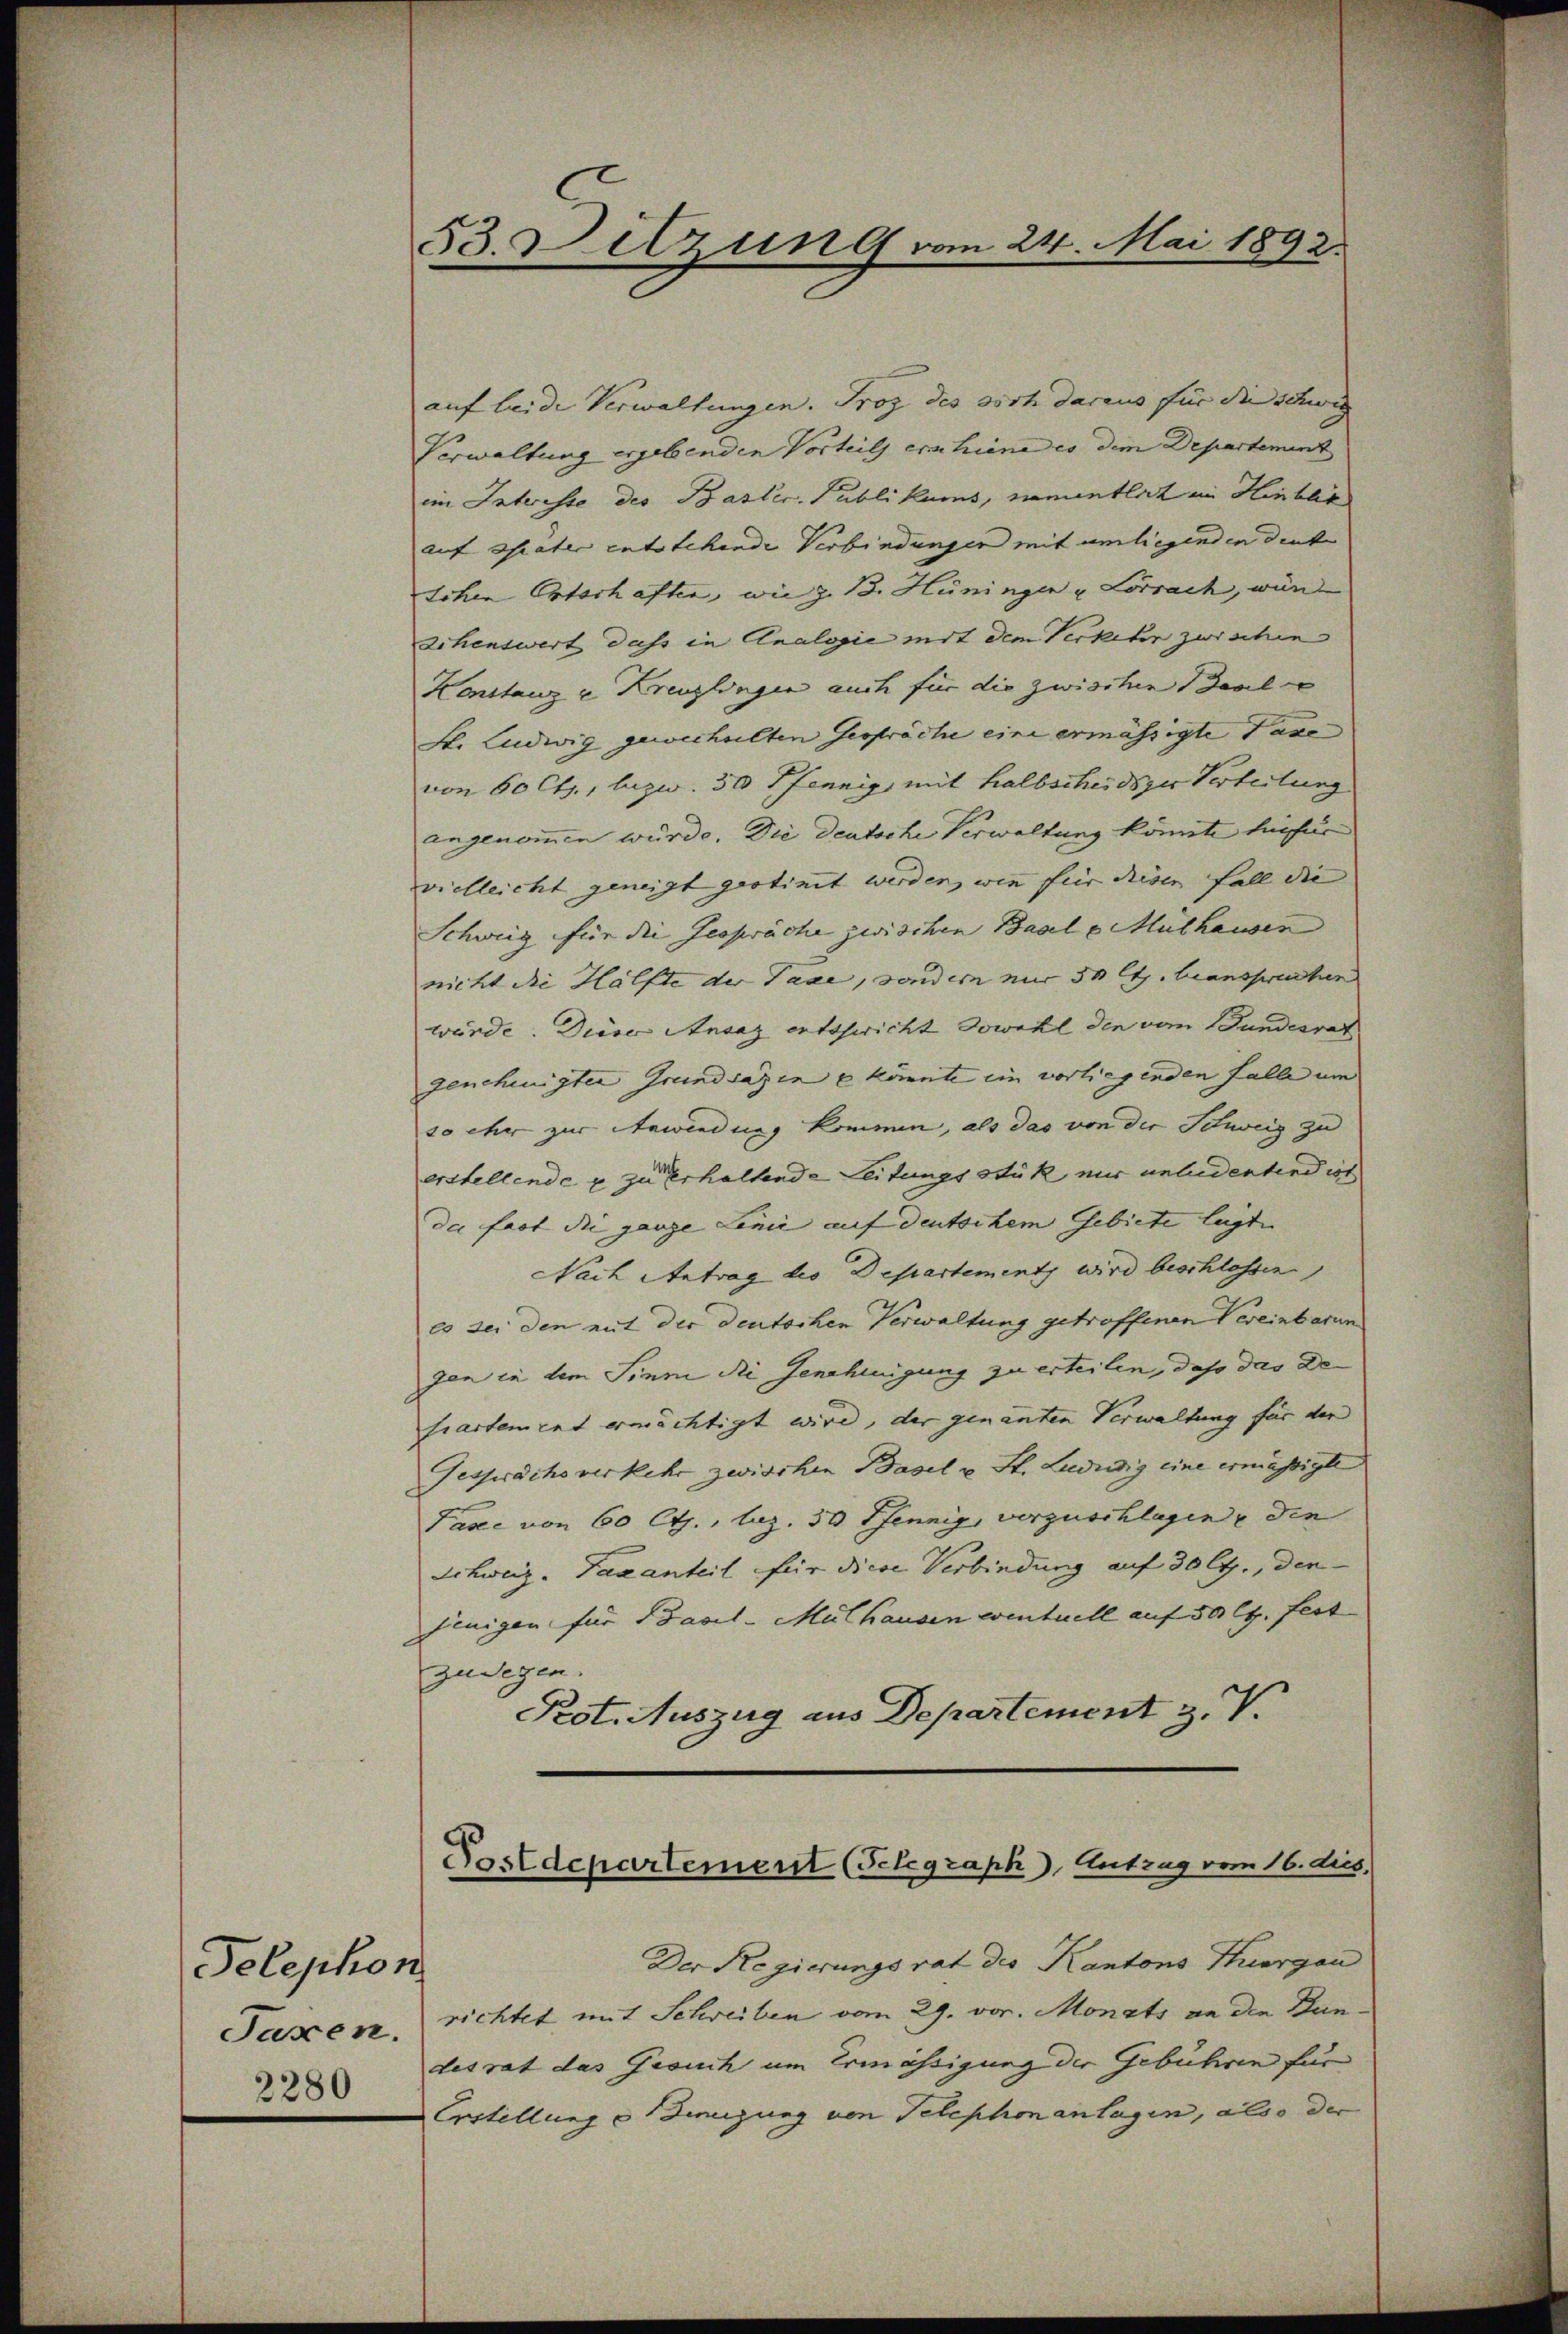
Telephon
Taxen.
2280

53. Detzung vom 24. Mai 1892.

auf leide Verwaltungen. Troz des doch daraus für die Schweg
Verwaltung ergebenden Vorteils erschiene es dem Departement
im Interesse des Basler. Publikums, namentlich im Hinblik
auf erater entstehende Verbindungen mit umliegenden deut
tchen Ortschaften, wie z. B. Hüningen u Lörrach, wurd
schenswert dass in Analogie mit dem Verkehr zwischen
Konstanz u. Kreuzlingen auch für die zwischen Saale
St. Ludwig gewechselten Gespräche eine ermässigte Pasc
von 60 Cts., bezw. 30 Pfennig mit halbscheidiger Verteilung
angenommen würde. Die Deutsche Verwaltung könnte beifür
vielleicht geneigt gestinet werden, wie für diesen Fall die |
Schweiz für die Gespräche zwischen Basel v. Mülhausen
nicht die Hälfte der Taxe, sondern nur 50 Cts. beansprechen
würde. Diese Ansaz entshericht sowohl den vom Bundesrat
genehmigter Grundsazen e könnte ein vorliegenden Falle um
so ihr zur Anwendung kommen, als das von der Schweiz zu
erstellende u. zu Erhaltende Leitungsstük nur unleidentend ist
de fast die ganze Linie auf deutschem Gebiete legte |
Nach Antrag des Departement wird beschlossen.
es sei den mit der deutschen Verwaltung getroffenen Vereinbarun
gen in dem Sinne die Genehmigung zu erteilen, das das Defiartement ermächtigt wird, der genanten Verwaltung für der
Gespräche verkehr zwischen Basel u. St. Luduig eine ermäßigte
Pasee von 60 Cts., lag. 50 Pfennig, verzuschlagen u die
Schweiz. Taxanteil für diese Verbindung auf 30 Cts., den
jenigen für Basel - Mülhausen eventuell auf 50 l. fest
zulegen.
Prot. Auszug aus Departement z. V.

Postdepartement (Schgraph, Entzug vom 16. dies,

Der Regierungsrat des Kantons Thurgau
richtet mit Schreiben vom 29. vor. Monats an die Dandesrat das Gesuch um Ermässigung der Gebühren für
Erstellung einigung von Telephonanlagen, also der